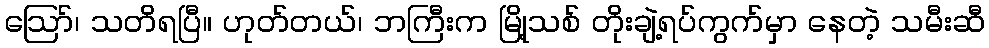
ဪ၊ သတိရပြီ။ ဟုတ်တယ်၊ ဘကြီးက မြို့သစ် တိုးချဲ့ရပ်ကွက်မှာ နေတဲ့ သမီးဆီ